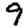
Digit: 9